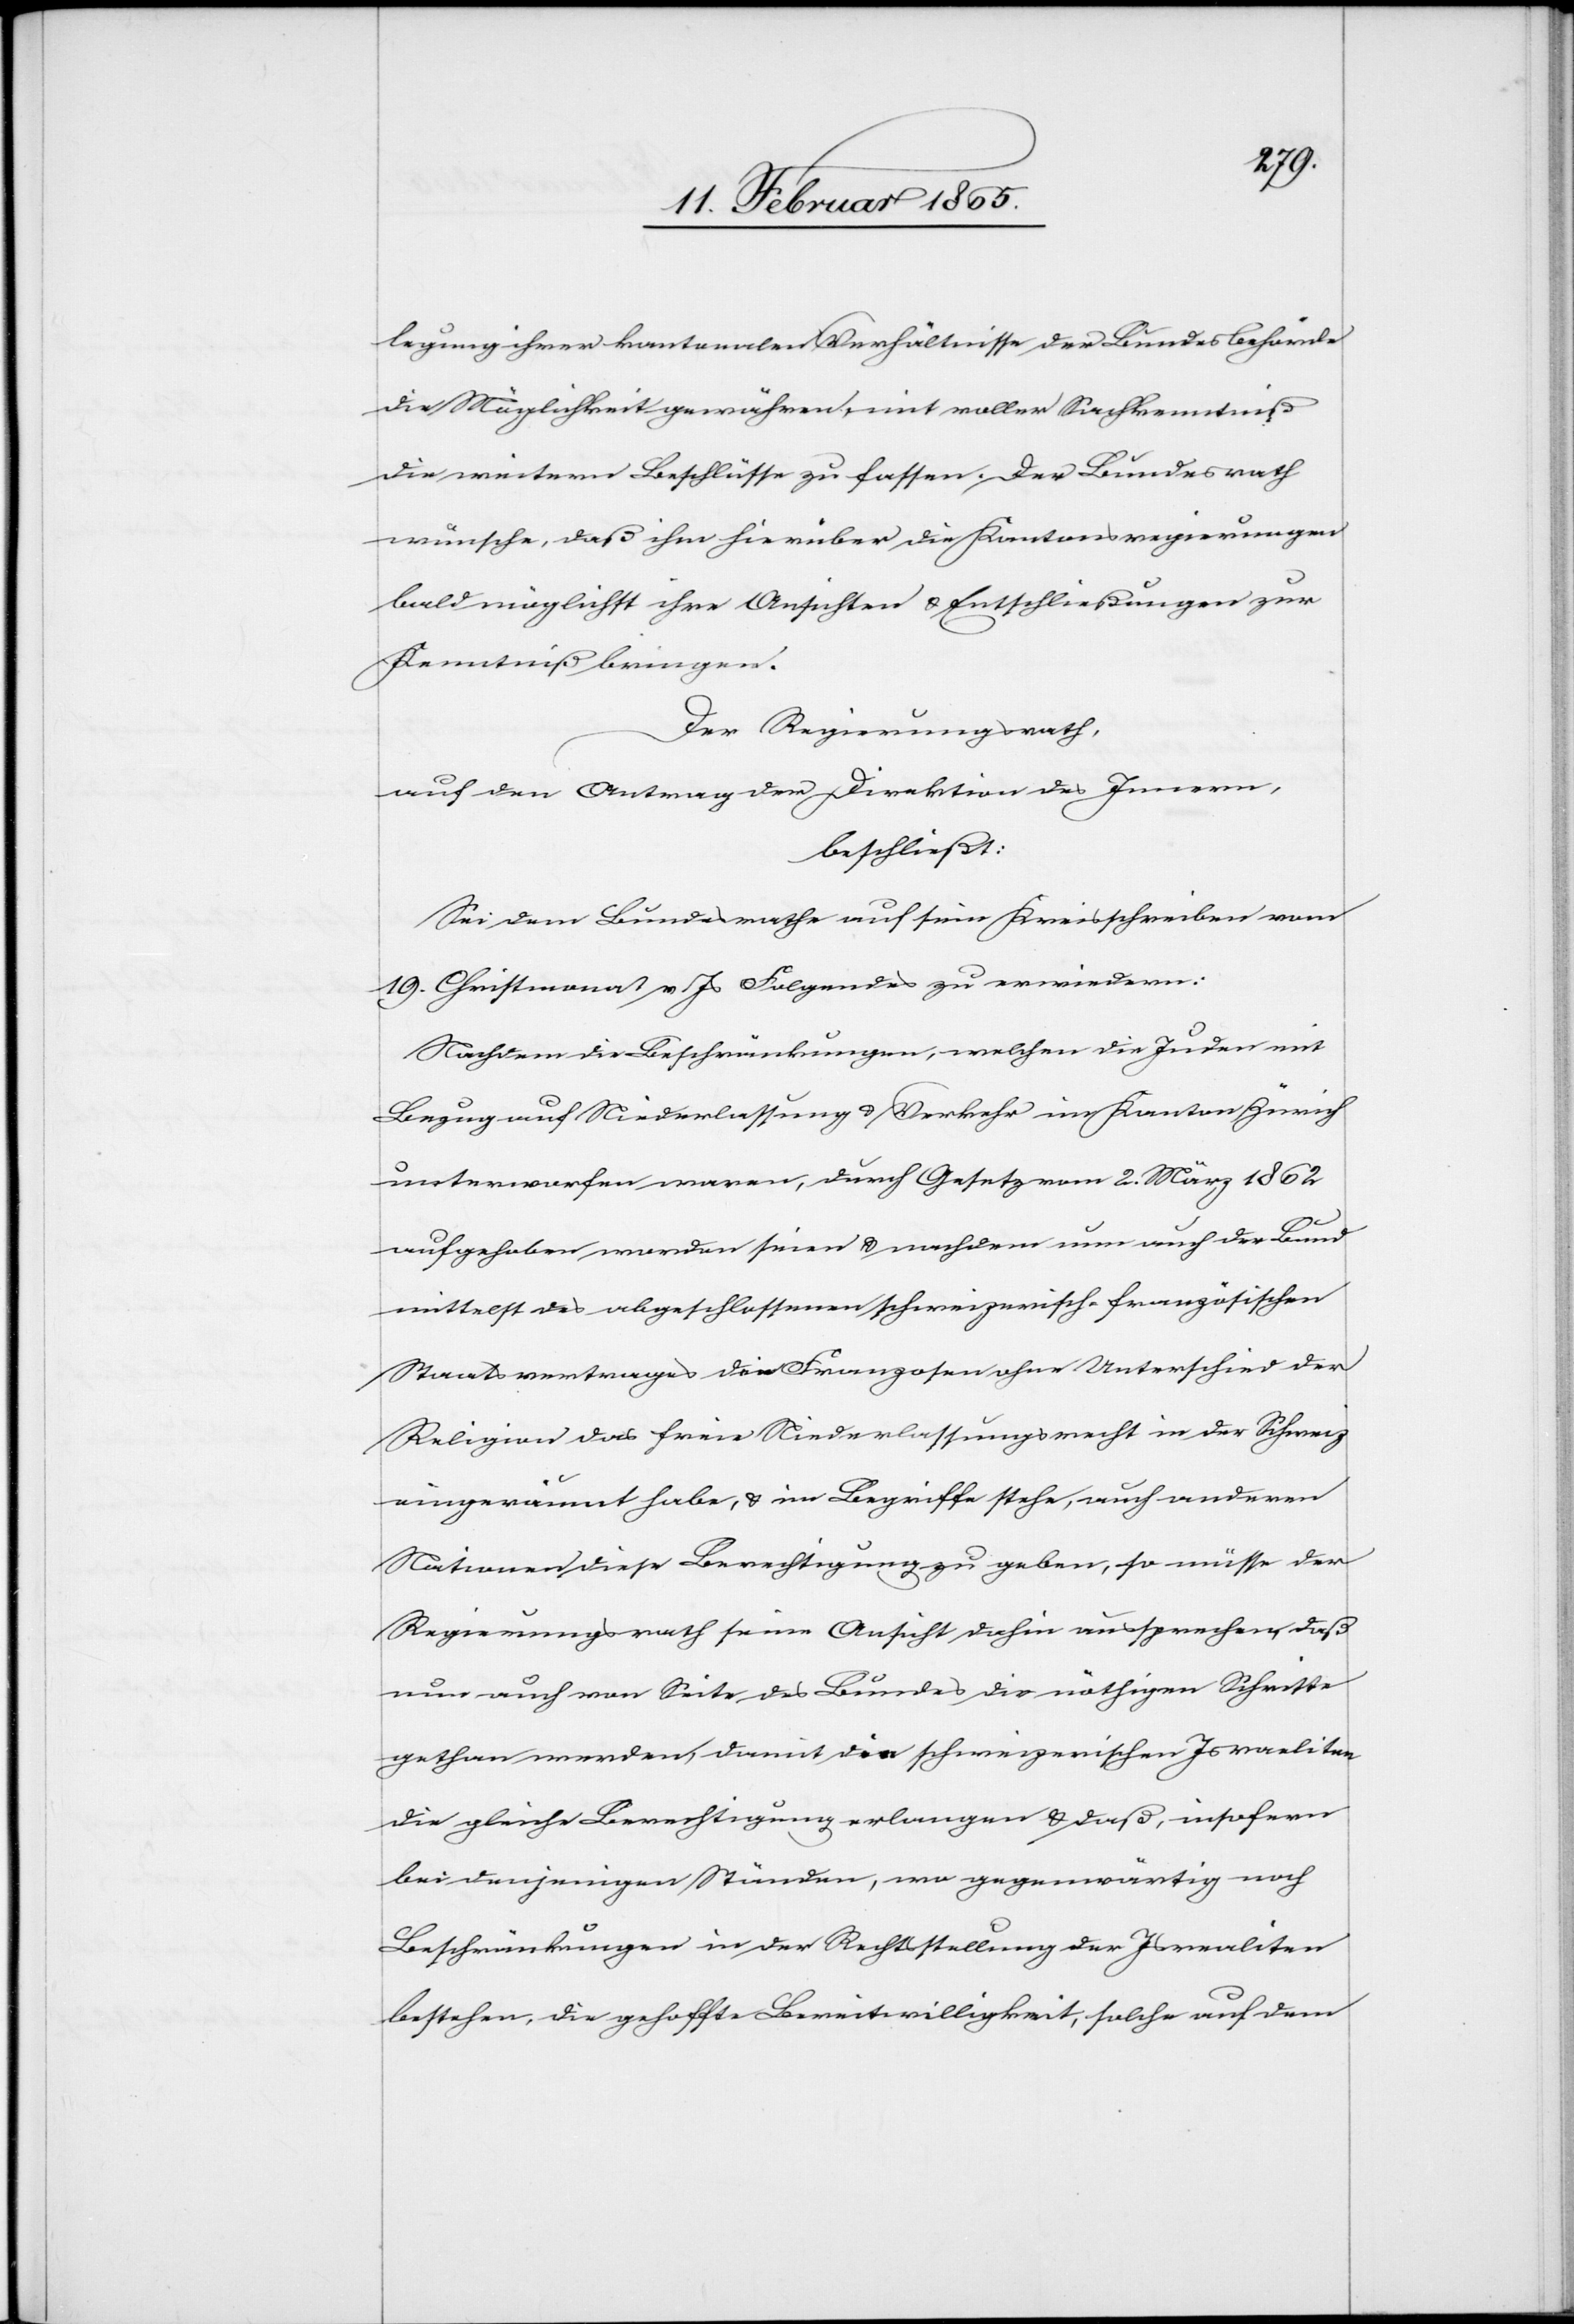
legung ihrer kantonalen Verhältnisse der Bundesbehörde
die Möglichkeit gewähren, mit voller Sachkenntniß
die weitern Beschlüsse zu fassen. Der Bundesrath
wünsche, daß ihm hierüber die Kantonsregierungen
bald möglichst ihre Ansichten u. Entschließungen zur
Kenntniß bringen.
Der Regierungsrath,
auf den Antrag der Direktion des Innern,
beschließt:
Sei dem Bundesrathe auf sein Kreisschreiben vom
19. Christmonat v. Js Folgendes zu erwiedern:
Nachdem die Beschränkungen, welchen die Juden mit
Bezug auf Niederlassung u. Verkehr im Kanton Zürich
unterworfen waren, durch Gesetz vom 2. März 1862
aufgehoben worden seien u. nachdem nun auch der Bund
mittelst des abgeschlossenen schweizerisch-französischen
Staatsvertrages den Franzosen ohne Unterschied der
Religion das freie Niederlassungsrecht in der Schweiz
eingeräumt habe, u. im Begriffe stehe, auch anderen
Nationen diese Berechtigung zu geben, so müsse der
Regierungsrath seine Ansicht dahin aussprechen, daß
nun auch von Seite des Bundes die nöthigen Schritte
gethan werden, damit die schweizerischen Israeliten
die gleiche Berechtigung erlangen u. daß, insofern
bei denjenigen Ständen, wo gegenwärtig noch
Beschränkungen in der Rechtsstellung der Isrealiten
bestehen, die gehoffte Bereitwilligkeit, solche auf dem